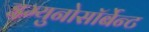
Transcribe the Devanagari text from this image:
इम्युनोसॉर्बेन्ट